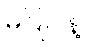
မပြုပါနဲ့။